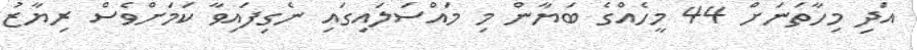
އަދި މިހާތަނަށް 44 މީހެއްގެ ބަޔާން މި މައްސަލައިގައި ނެގިފައިވާ ކަމަށްވެސް ރިޔާޒު